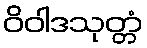
ဝိဝါဒသုတ္တံ